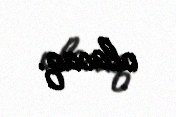
olacaq.